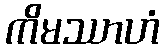
ကိမဿာဟံ